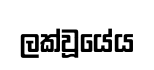
ලක්වූයේය